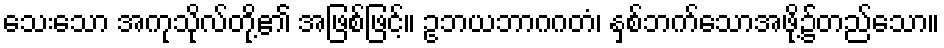
သေးသော အကုသိုလ်တို့၏ အဖြစ်ဖြင့်။ ဥဘယဘာဂဂတံ၊ နှစ်ဘက်သောအဖို့၌တည်သော။